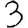
Digit: 3